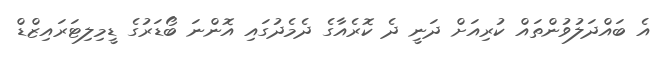
އެ ބައްދަލުވުންތައް ކުރިއަށް ދަނީ ދެ ކޮރެއާގެ ދެމެދުގައި އޮންނަ ބޯޑަރުގެ ޑީމިލިޓަރައިޒްޑް